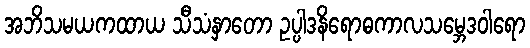
အဘိသမယကထာယ သီသံနှာတော ဥပ္ပါဒနိရောဓကာလသမ္ဘေဒဝါရော